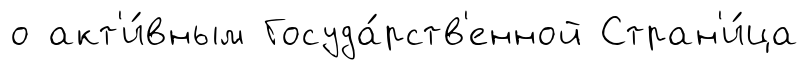
о акт'и́вным Госуда́рств'енной Стран'и́ца